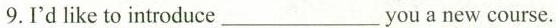
9. I'd like to introduce ___ you a new course.